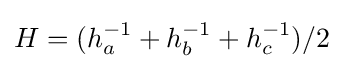
H=(h_{a}^{-1}+h_{b}^{-1}+h_{c}^{-1})/2